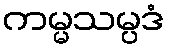
ကမ္မသမ္ပဒံ